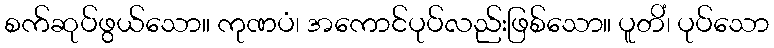
စက်ဆုပ်ဖွယ်သော။ ကုဏပံ၊ အကောင်ပုပ်လည်းဖြစ်သော။ ပူတိံ၊ ပုပ်သော